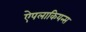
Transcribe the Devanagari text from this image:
ऐपलाकियन्स